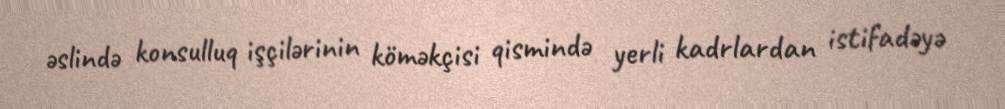
əslində konsulluq işçilərinin köməkçisi qismində yerli kadrlardan istifadəyə